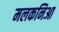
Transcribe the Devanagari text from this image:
मलकनिआ